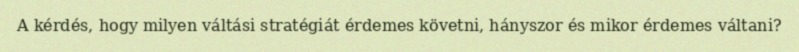
A kérdés, hogy milyen váltási stratégiát érdemes követni, hányszor és mikor érdemes váltani?